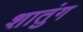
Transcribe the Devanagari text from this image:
शातुंग